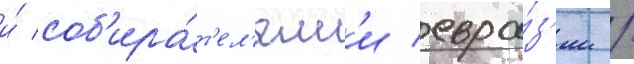
и́ соб'ира́т'ел'ям'и евра́з'ии /